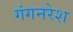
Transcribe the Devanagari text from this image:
गंगनरेश